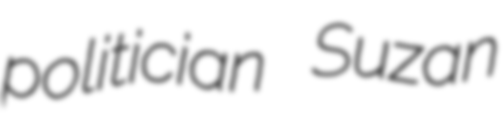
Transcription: politician Suzan